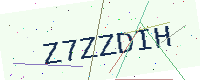
Text: Z7ZZDIH